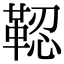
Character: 𩊫